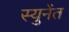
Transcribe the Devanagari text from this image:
स्युनेंत